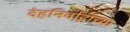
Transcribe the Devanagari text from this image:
देहनिर्वाहाच्या